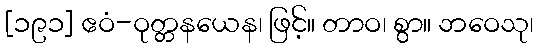
[၁၉၁] ဧဝံ-ဝုတ္တနယေန၊ ဖြင့်။ တာဝ၊ စွာ။ ဘဝေသု၊